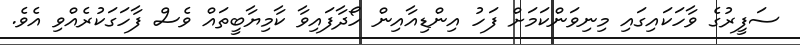
ސަފީރުގެ ވާހަކައިގައި މިނިވަންކަމަށް ފަހު އިންޑިއާއިން ހޯދާފައިވާ ކާމިޔާބީތައް ވެސް ފާހަގަކުރެއްވި އެވެ.